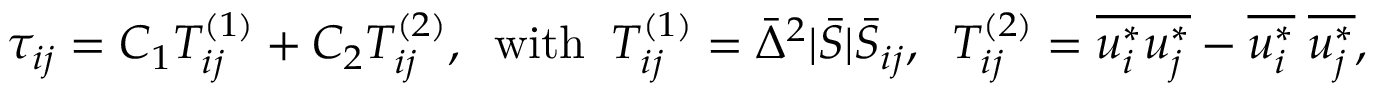
{ \tau _ { i j } } = { C _ { 1 } } T _ { i j } ^ { \left( 1 \right) } + { C _ { 2 } } T _ { i j } ^ { \left( 2 \right) } , \; \; \mathrm { { w i t h } } \; \; T _ { i j } ^ { \left( 1 \right) } = { { \bar { \Delta } } ^ { 2 } } | \bar { S } | { { \bar { S } } _ { i j } } , \; \; T _ { i j } ^ { \left( 2 \right) } = \overline { { u _ { i } ^ { * } u _ { j } ^ { * } } } - \overline { { u _ { i } ^ { * } } } \; \overline { { u _ { j } ^ { * } } } ,